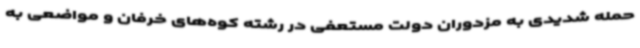
حمله شدیدی به مزدوران دولت مستعفی در رشته کوه‌های خرفان و مواضعی به